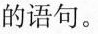
的语句。